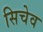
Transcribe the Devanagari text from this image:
सिचेव